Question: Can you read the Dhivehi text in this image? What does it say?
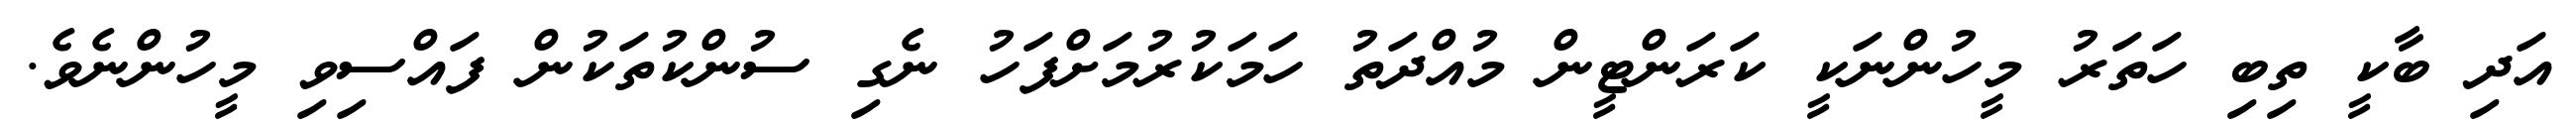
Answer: އަދި ބާކީ ތިބި ހަތަރު މީހުންނަކީ ކަރަންޓީން މުއްދަތު ހަމަކުރުމަށްފަހު ނެގި ސުންކުތަކުން ފައްސިވި މީހުންނެވެ.